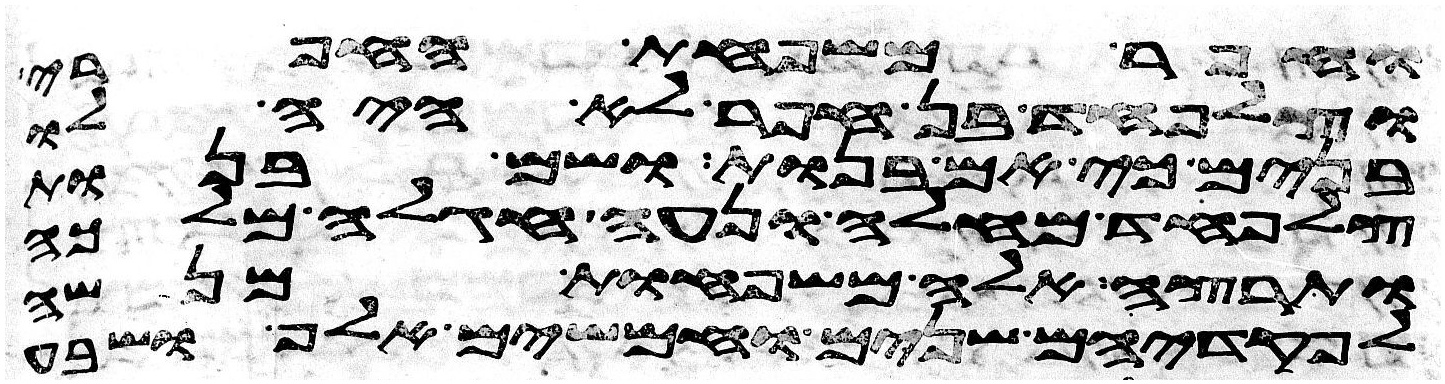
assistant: וחפר משפחת החפרי
וצלפחד בן חפר לא היה לו
בנים כי אם בנות ושם בנות
צלפחד מחלה ונעה חגלה מלכה
ותרצה אלה משפחות מנשה
לפקדיהם שנים וחמשים אלף ושבע